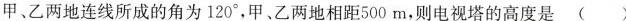
甲、乙两地连线所成的角为120°，甲、乙两地相距500m，则电视塔的高度是( )